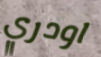
اودري